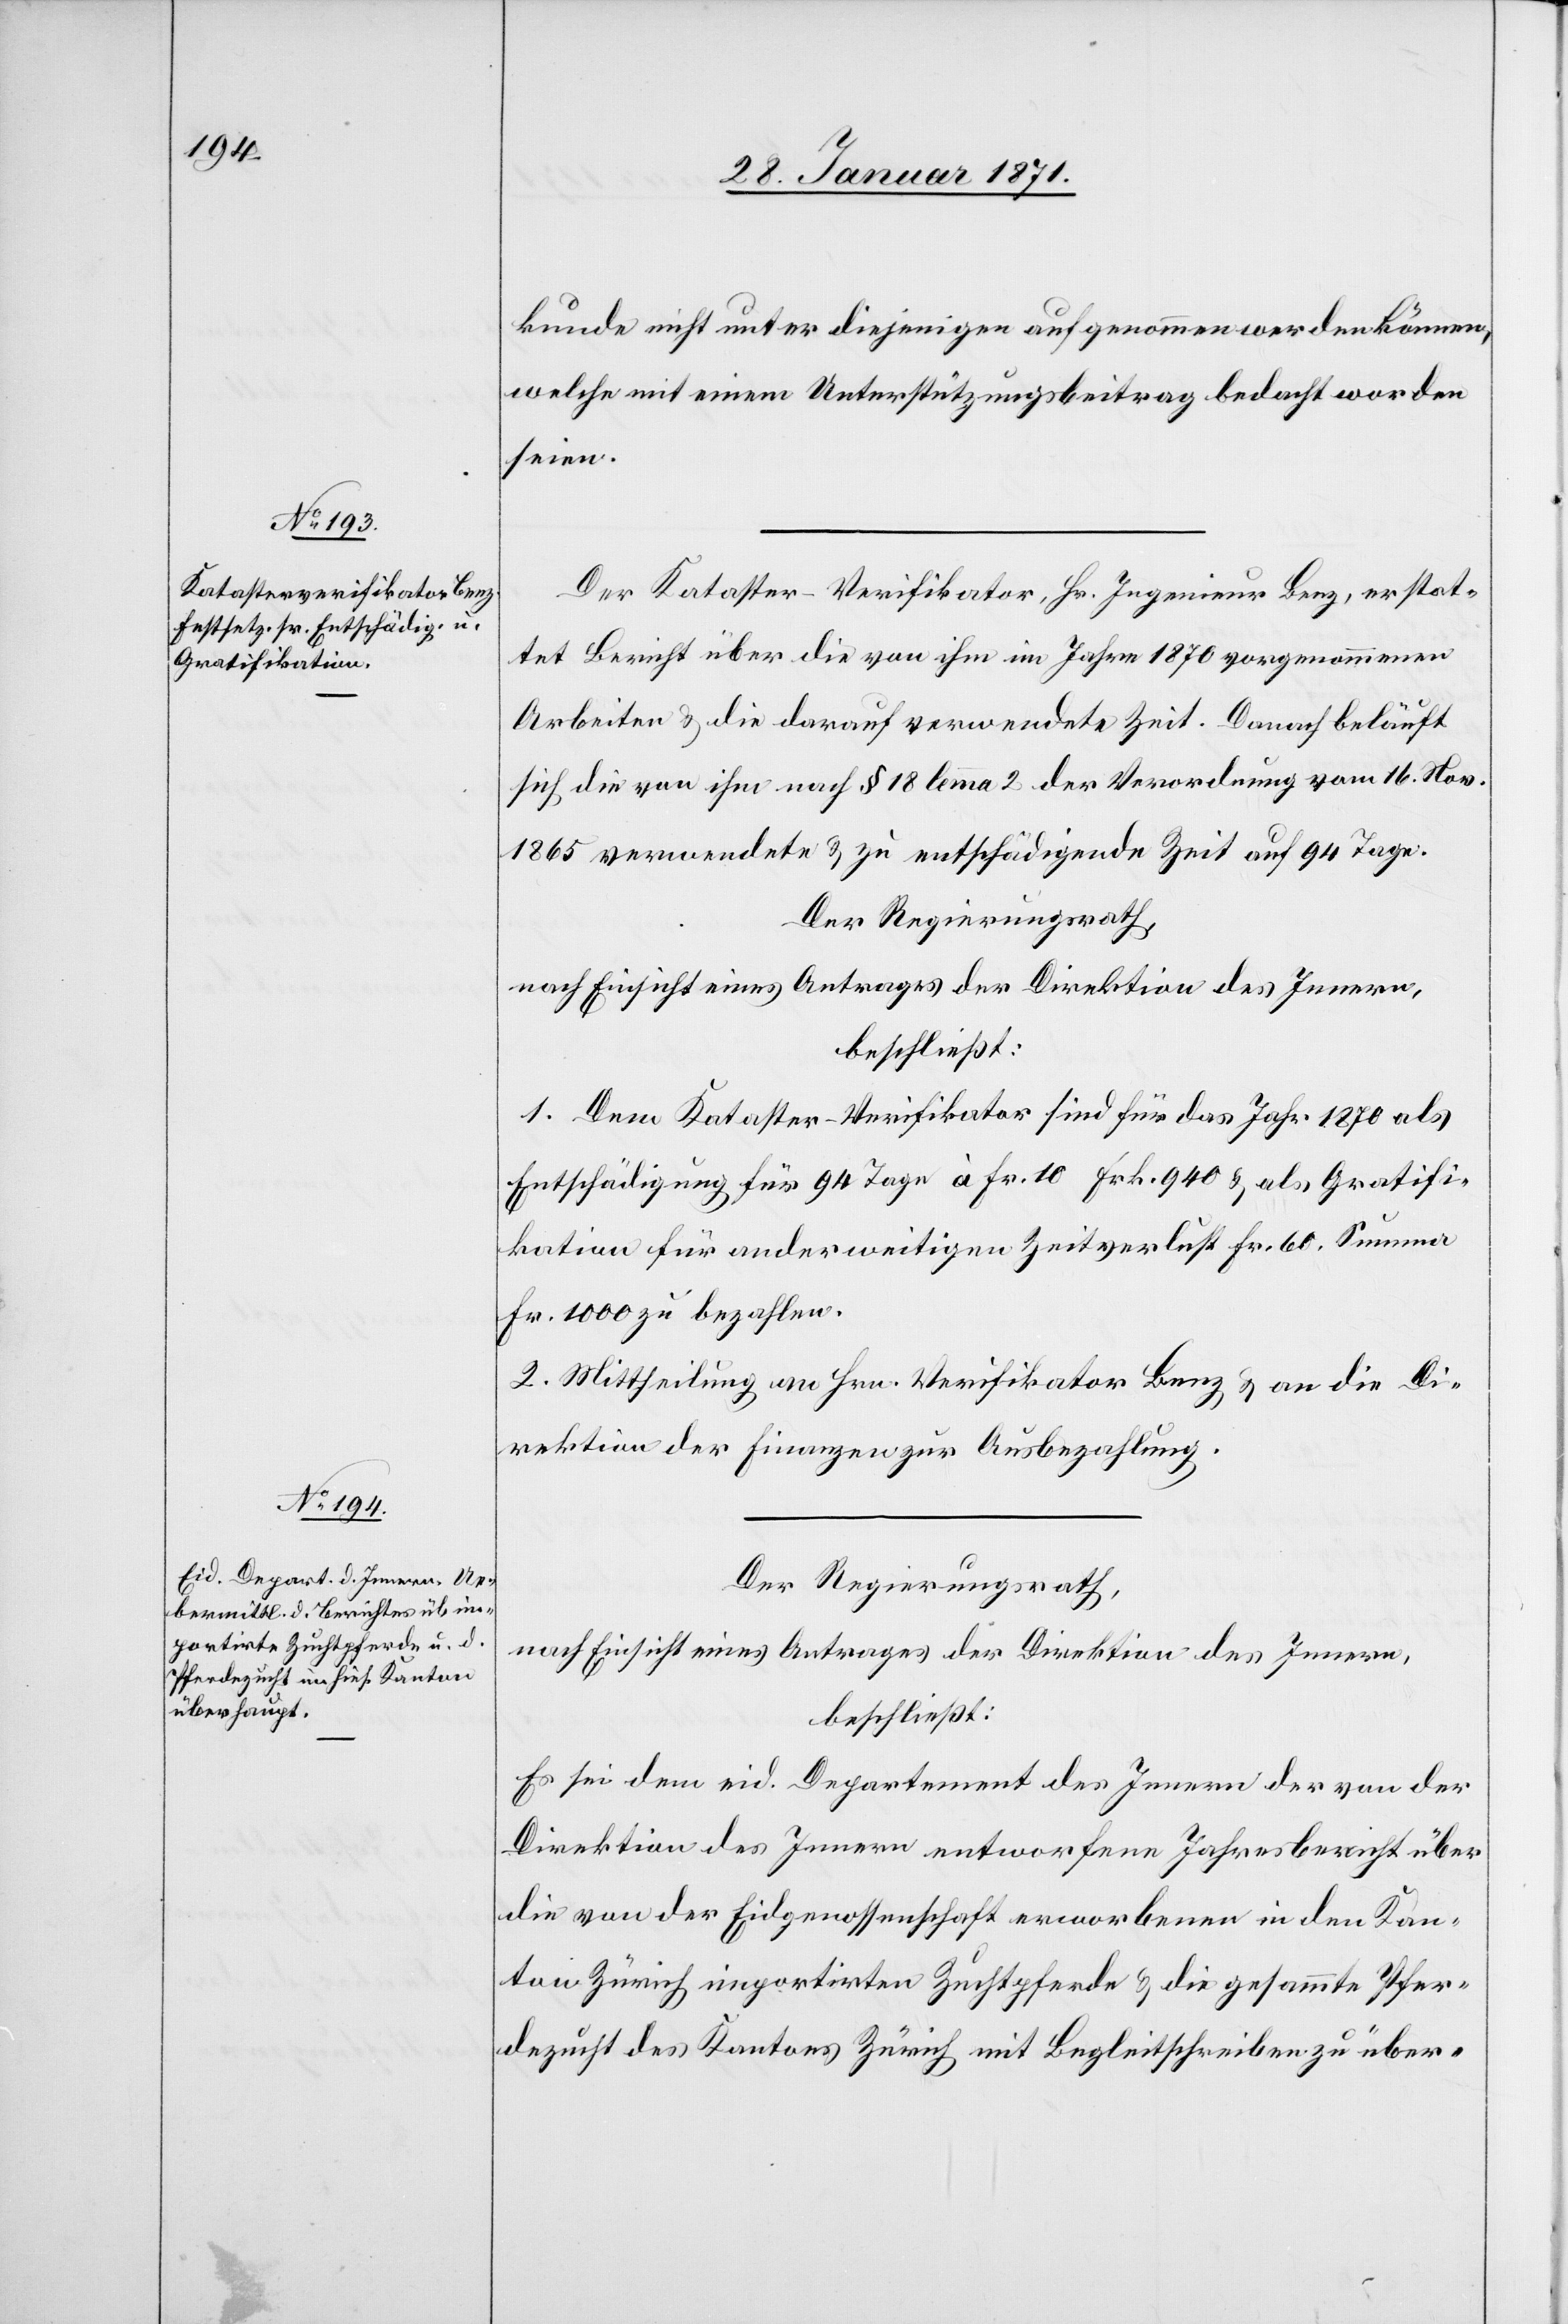
kunde nicht unter diejenigen aufgenommen werden können,
welche mit einem Unterstützungsbeitrag bedacht worden
seien.
Der Kataster-Verifikator, Hr. Ingenieur Benz, erstat¬
tet Bericht über die von ihm im Jahre 1870 vorgenommenen
Arbeiten u. die darauf verwendete Zeit. Danach beläuft
sich die von ihm nach § 18 lemma 2 der Verordnung vom 16. Nov.
1865 verwendete u. zu entschädigende Zeit auf 94 Tage.
Der Regierungsrath,
nach Einsicht eines Antrages der Direktion des Innern,
beschließt:
1. Dem Kataster-Verifikator sind für das Jahr 1870 als
Entschädigung für 94 Tage à Fr. 10 Frk. 940 u. als Gratifi¬
kation für anderweitigen Zeitverlust Fr. 60 Summa
Fr. 1000 zu bezahlen.
2. Mittheilung an Hrn. Verifikator Benz, u. an die Di¬
rektion der Finanzen zur Ausbezahlung.
Der Regierungsrath,
nach Einsicht eines Antrages der Direktion des Innern,
beschließt:
Es sei dem eid. Departement des Innern der von der
Direktion des Innern unterworfene Jahresbericht über
die von der Eidgenossenschaft erworbenen in den Kan¬
ton Zürich importirten Zuchtpferde u. die gesammte Pfer¬
dezucht des Kantons Zürich mit Begleitschreiben zu über-